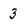
Character: 3